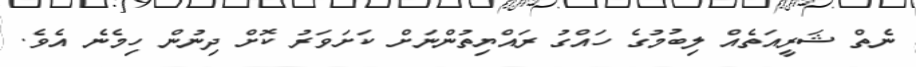
ނެތް ޝަރީއަތެއް ލިބުމުގެ ހައްގު ރައްޔިތުންނަށް ކަށަަވަރު ކޮށް ދިނުން ހިމެނެ އެވެ.